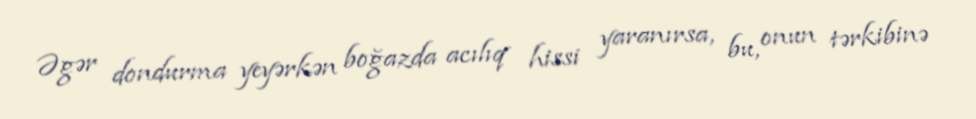
Əgər dondurma yeyərkən boğazda acılıq hissi yaranırsa, bu, onun tərkibinə